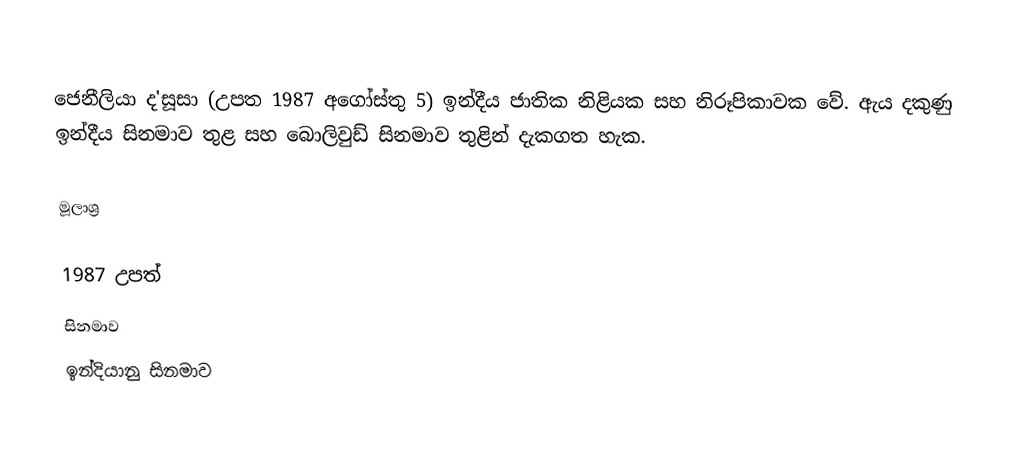
ජෙනීලියා ද'සූසා (උපත 1987 අගෝස්තු 5)  ඉන්දීය ජාතික නිළියක සහ නිරූපිකාවක වේ. ඇය දකුණු ඉන්දීය සිනමාව තුළ සහ බොලිවුඩ් සිනමාව තුළින් දැකගත හැක.

මූලාශ්‍ර

1987 උපත්
සිනමාව
ඉන්දියානු සිනමාව